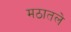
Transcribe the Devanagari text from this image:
मठातले